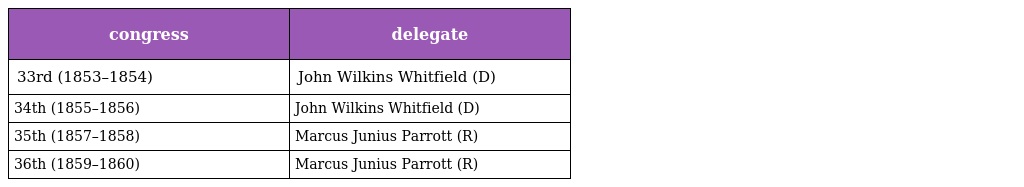
| congress | delegate |
 | --- | --- |
 | 33rd (1853–1854) | John Wilkins Whitfield (D) |
 | 34th (1855–1856) | John Wilkins Whitfield (D) |
 | 35th (1857–1858) | Marcus Junius Parrott (R) |
 | 36th (1859–1860) | Marcus Junius Parrott (R) |